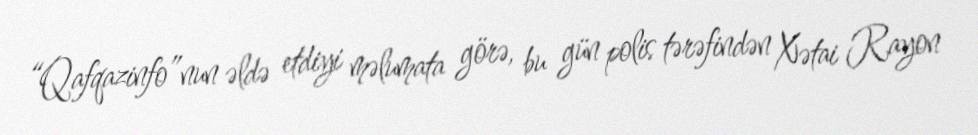
“Qafqazinfo”nun əldə etdiyi məlumata görə, bu gün polis tərəfindən Xətai Rayon